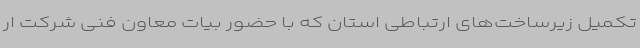
تکمیل زیرساخت‌های ارتباطی استان که با حضور بیات معاون فنی شرکت ار